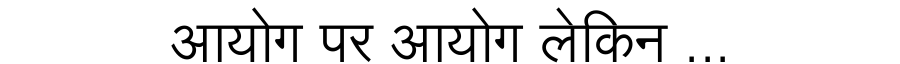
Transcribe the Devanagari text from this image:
आयोग पर आयोग लेकिन ...